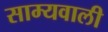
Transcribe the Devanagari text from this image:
साम्यवाली